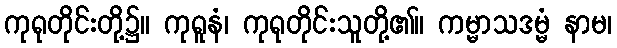
ကုရုတိုင်းတို့၌။ ကုရူနံ၊ ကုရုတိုင်းသူတို့၏။ ကမ္မာသဒမ္မံ နာမ၊